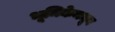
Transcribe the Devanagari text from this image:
भूमिकेमधून